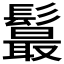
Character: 𩯉